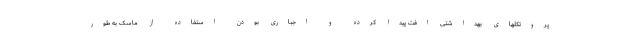
پروتکلهای بهداشتی افت پیدا کرده و اجباری بودن استفاده از ماسک به طور